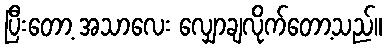
ပြီးတော့ အသာလေး လျှောချလိုက်တော့သည်။